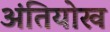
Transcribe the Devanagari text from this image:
अंतियोख